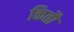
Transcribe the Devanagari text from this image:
कितौ